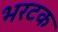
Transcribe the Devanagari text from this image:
भरटक